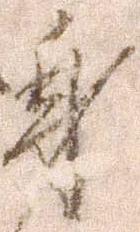
身